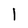
Character: l